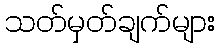
သတ်မှတ်ချက်များ